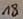
Text: 18